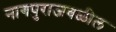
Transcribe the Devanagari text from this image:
नागपुराजवळील